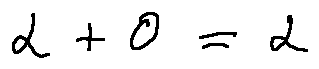
\alpha + 0 = \alpha